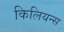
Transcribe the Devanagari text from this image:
किलियन्स